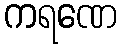
ကရဏေ